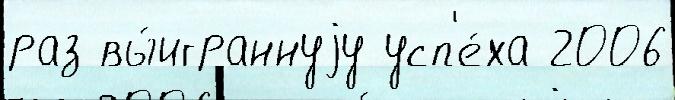
раз вы́играннуjу усп'е́ха 2006